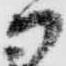
御